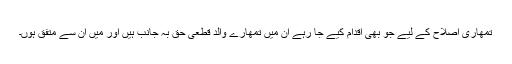
تمھاری اصلاح کے لیے جو بھی اقدام کیے جا رہے ان میں تمھارے والد قطعی حق بہ جانب ہیں اور میں ان سے متفق ہوں۔